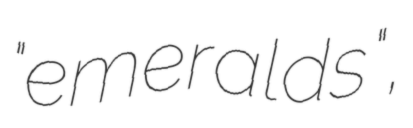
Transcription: "emeralds",